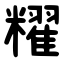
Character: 䊮